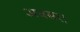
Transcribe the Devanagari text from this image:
अवसर।